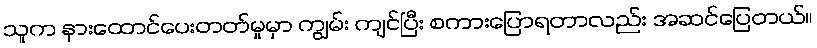
သူက နားထောင်ပေးတတ်မှုမှာ ကျွမ်း ကျင်ပြီး စကားပြောရတာလည်း အဆင်ပြေတယ်။